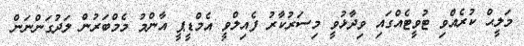
މަލީޙް ކުރެއްވި ޓުވީޓެއްގައި ވިދާޅުވީ މިސަރުކާރު ފެއިލްވީ އެމްޑީޕީ އާންމު މެމްބަރުން ލަދުގަންނަން